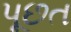
પૂછત